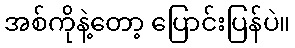
အစ်ကိုနဲ့တော့ ပြောင်းပြန်ပဲ။